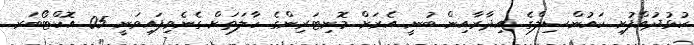
ކުޅުދުއްފުށި ކައުންސިލްގެ އިދާރާއިން ބުނީ އެރަށް މޮނިޓަރިންގެ ހާލަތަށް ގެނެވިފައިވަނީ 05 އޮކްޓޯބަރ